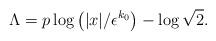
LaTeX: \begin{align*} \Lambda = p \log \left( |x|/\epsilon^{k_0} \right) - \log \sqrt{2}.\end{align*}